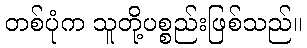
တစ်ပုံက သူတို့ပစ္စည်းဖြစ်သည်။